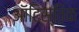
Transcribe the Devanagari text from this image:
ऑटिस्तिक